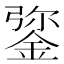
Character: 𨧮